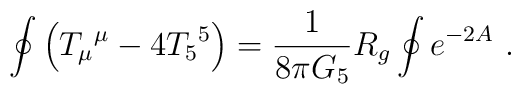
\oint  \left( T_\mu {}^\mu  -4T_5 {}^5 \right)=  {1\over 8\pi G_5} R_g\oint  e^{-2A} ~.